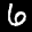
Label: 6